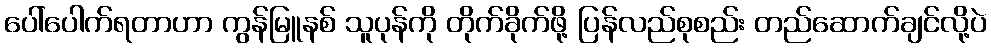
ပေါ်ပေါက်ရတာဟာ ကွန်မြူနစ် သူပုန်ကို တိုက်ခိုက်ဖို့ ပြန်လည်စုစည်း တည်ဆောက်ချင်လို့ပဲ